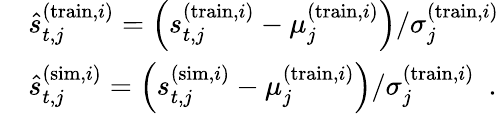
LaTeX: \begin{array}{rl}&{\hat{s}_{t,j}^{(\mathrm{train},i)}=\left(s_{t,j}^{(\mathrm{train},i)}-\mu_{j}^{(\mathrm{train},i)}\right)/\sigma_{j}^{(\mathrm{train},i)}}\\ &{\hat{s}_{t,j}^{(\mathrm{sim},i)}=\left(s_{t,j}^{(\mathrm{sim},i)}-\mu_{j}^{(\mathrm{train},i)}\right)/\sigma_{j}^{(\mathrm{train},i)}\enspace.}\end{array}